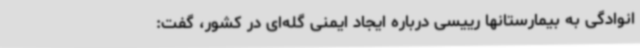
انوادگی به بیمارستانها رییسی درباره ایجاد ایمنی گله‌ای در کشور، گفت: